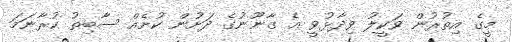
މީގެ އިތުރުން ވަކީލު ވިދާޅުވީ އެ ގާނޫނުގެ ދަށުން ކުށެއް ސާބިތު ކުރާނަމަ